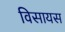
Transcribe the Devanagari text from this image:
विसायस